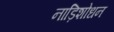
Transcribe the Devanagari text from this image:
नाड़िशोधन